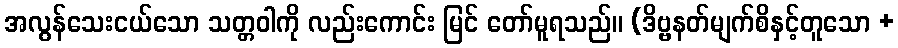
အလွန်သေးငယ်သော သတ္တဝါကို လည်းကောင်း မြင် တော်မူရသည်။ (ဒိဗ္ဗနတ်မျက်စိနှင့်တူသော +